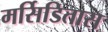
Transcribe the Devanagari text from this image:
मर्सिडितास